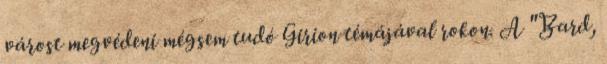
várost megvédeni mégsem tudó Girion témájával rokon. A "Bard,